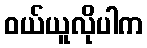
ဝယ်ယူလိုပါက